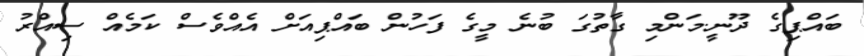
ބައްޕިގެ ދޫނީ.މަންމި ގާތުގަ ބުނެ މީގެ ފަހުން ބައްޕިއަށް އެއްވެސް ކަމެއް ސިއްރު